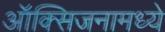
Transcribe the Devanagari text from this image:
ऑक्सिजनामध्ये